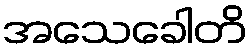
အသေခေါတိ